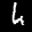
Label: 4